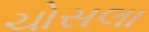
ચોસલા